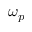
\omega _ { p }